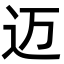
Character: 迈